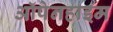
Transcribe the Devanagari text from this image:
ऑपेनहाइम